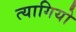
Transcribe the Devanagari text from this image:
त्‍यागियो